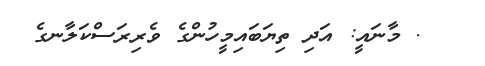
. މާނައީ: އަދި ތިޔަބައިމީހުންގެ ވެރިރަސްކަލާނގެ